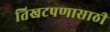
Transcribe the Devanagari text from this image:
तिखटपणासाठी